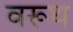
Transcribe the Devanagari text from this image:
वरूथ